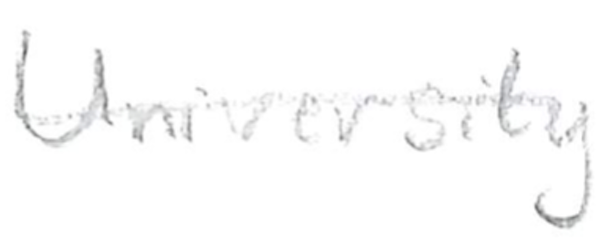
Text: University
Cross-out: single-line
Writing tool: pencil